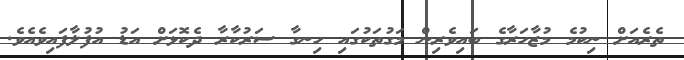
ތެރެއަށް ނިކުމެ މުޒާހަރާގެ ބައިވެރިން މަގުތަކުގައި ހިނގާ ސަރުކާރާ ދެކޮޅަށް އަޑު އުފުލާފައިވެއެވެ.